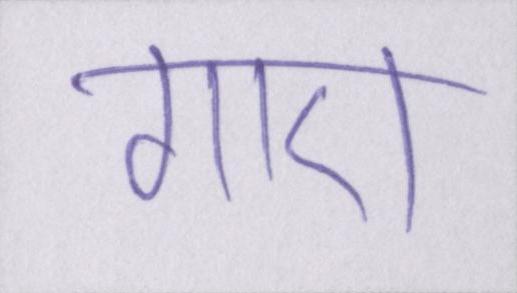
गाए